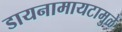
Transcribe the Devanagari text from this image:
डायनामायटामुळे